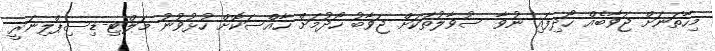
މިހާތަނަށް ޖަވާބެއް ހޯދިފައި ނުވާ ސުވާލުތަކަށް ޖަވާބު ހޯދުމަށް ހާއްސަކޮށް ހުޅުވުނު މަލްޓި-ޑިސިޕްލިނަރީ